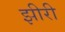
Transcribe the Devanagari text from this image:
झीरी